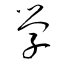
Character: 學